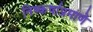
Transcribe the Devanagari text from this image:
निष्कर्षाप्रमाणे